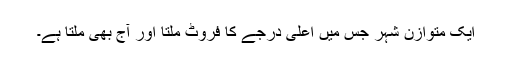
ایک متوازن شہر جس میں اعلیٰ درجے کا فروٹ ملتا اور آج بھی ملتا ہے۔